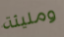
ومليئة